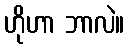
ဟိုဟာ ဘာလဲ။